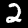
Digit: 2